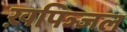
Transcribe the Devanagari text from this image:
ख़पिञ्जल